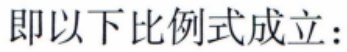
即以下比例式成立：